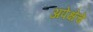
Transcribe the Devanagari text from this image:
अपेक्षेचे